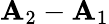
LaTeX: \mathbf{A}_{2}-\mathbf{A}_{1}